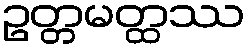
ဥတ္တမတ္ထဿ